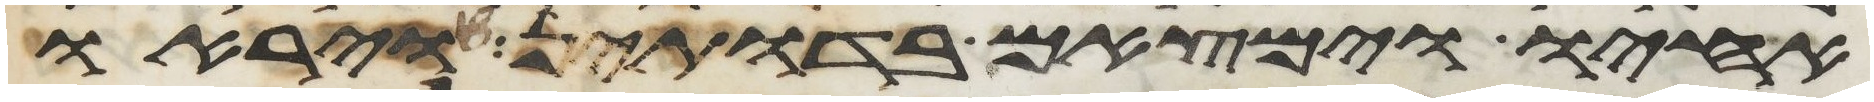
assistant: אחיו וימצאם בדותין ויראו